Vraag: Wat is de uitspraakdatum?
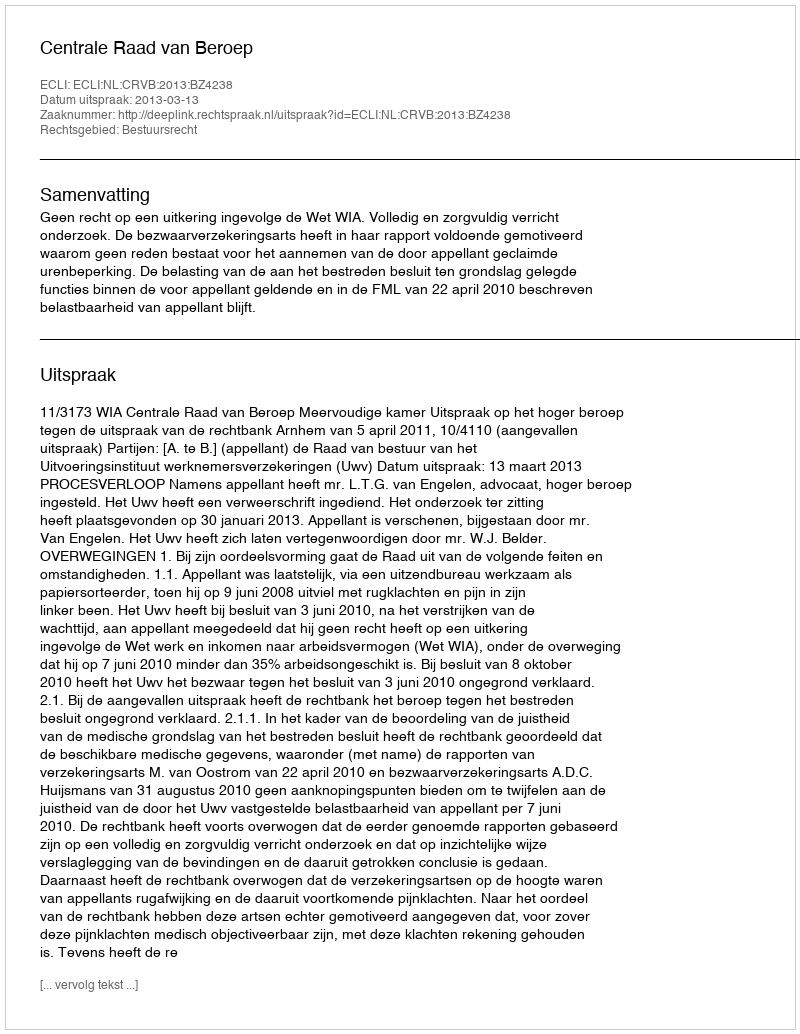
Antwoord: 2013-03-13